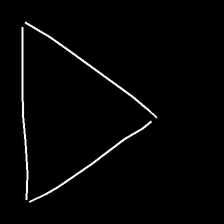
Glyph: convergence